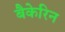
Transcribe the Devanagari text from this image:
बैकेरिन